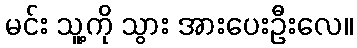
မင်း သူ့ကို သွား အားပေးဦးလေ။